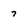
Character: 7